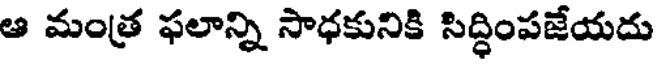
ఆ మంత్ర ఫలాన్ని సాధకునికి సిద్ధింపజేయదు